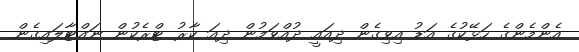
އެންމެންގެ ހަޅޭކުގެ އަޑު އިވިގެން ދިއައީ ދުއްވަމުން ދިއަ ކާރު ޓްރެކުން ނައްޓާލައިގެން